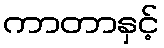
ကာတာနှင့်